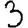
Digit: 3